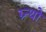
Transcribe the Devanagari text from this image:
ग्र्न्थो